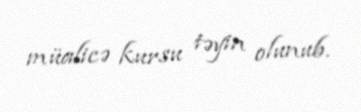
müalicə kursu təyin olunub.